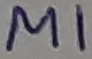
Text: M1